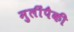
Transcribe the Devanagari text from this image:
मुलींपैकी